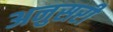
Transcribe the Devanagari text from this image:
अनुसरी